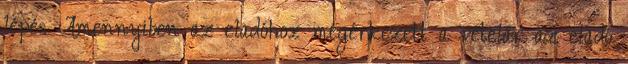
lépés Amennyiben az eladóhoz megérkezett a vételár az eladó